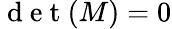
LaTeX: \mathrm{~d~e~t~}(M)=0